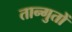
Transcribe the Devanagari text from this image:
तान्गुतों